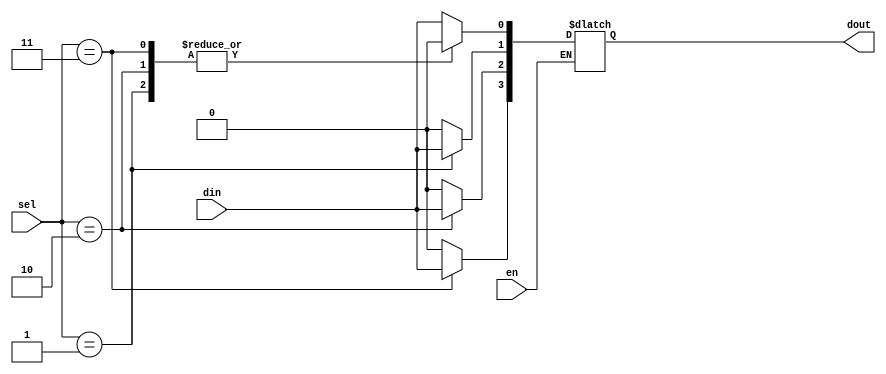
`timescale 1ns / 1ps

module demux(
    input din, en,
    input [1:0] sel,
    output reg [3:0] dout
    );
    
always@(*)
begin

if(en)
begin

case(sel)
2'b00:begin
dout[3] <= 0;
dout[2] <= 0;
dout[1] <= 0;
dout[0] <= din;
end
2'b01:begin
dout[3] <= 0;
dout[2] <= 0;
dout[1] <= din;
dout[0] <= 0;
end
2'b10:begin
dout[3] <= 0;
dout[2] <= din;
dout[1] <= 0;
dout[0] <= 0;
end
2'b11:begin
dout[3] <= din;
dout[2] <= 0;
dout[1] <= 0;
dout[0] <= 0;
end
default: begin
dout <= 4'b0000;
end

endcase

end

end

endmodule